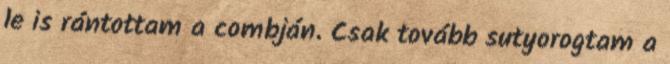
le is rántottam a combján. Csak tovább sutyorogtam a